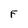
Character: F